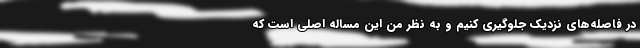
در فاصله‌های نزدیک جلوگیری کنیم و به نظر من این مساله اصلی است که